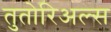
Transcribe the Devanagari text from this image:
तुतोरिअल्स